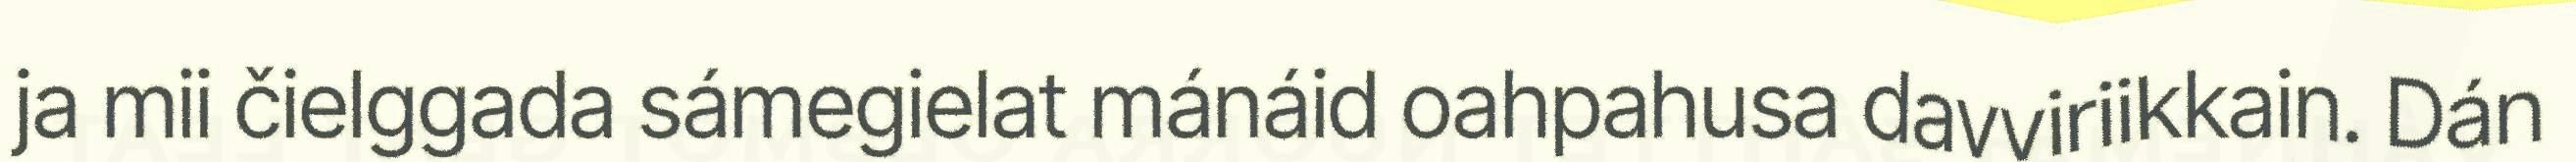
ja mii čielggada sámegielat mánáid oahpahusa davviriikkain. Dán